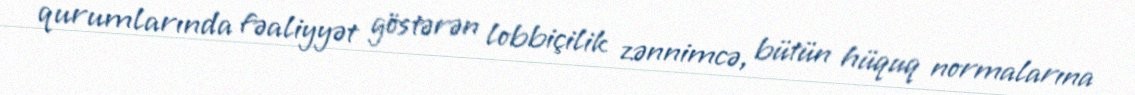
qurumlarında fəaliyyət göstərən lobbiçilik zənnimcə, bütün hüquq normalarına